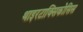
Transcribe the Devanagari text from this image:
थाइरटाक्सिकोसिस